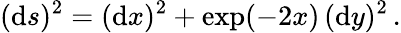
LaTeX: (\mathrm{d}s)^{2}=(\mathrm{d}x)^{2}+\exp(-2x)\, (\mathrm{d}y)^{2}\, .